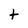
Character: t